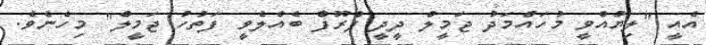
އެއީ "ލިޔުއްވީ މުހައްމަދު ޖަމީލް ދީދީ ޕްރޫފް ބެއްލެވީ ފަތުހު ޖަމީލް" މިހެނެވެ.